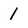
Character: 1